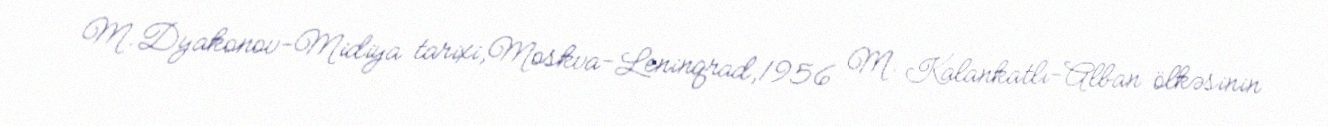
M.Dyakonov-Midiya tarixi,Moskva-Leninqrad,1956 M. Kalankatlı-Alban ölkəsinin